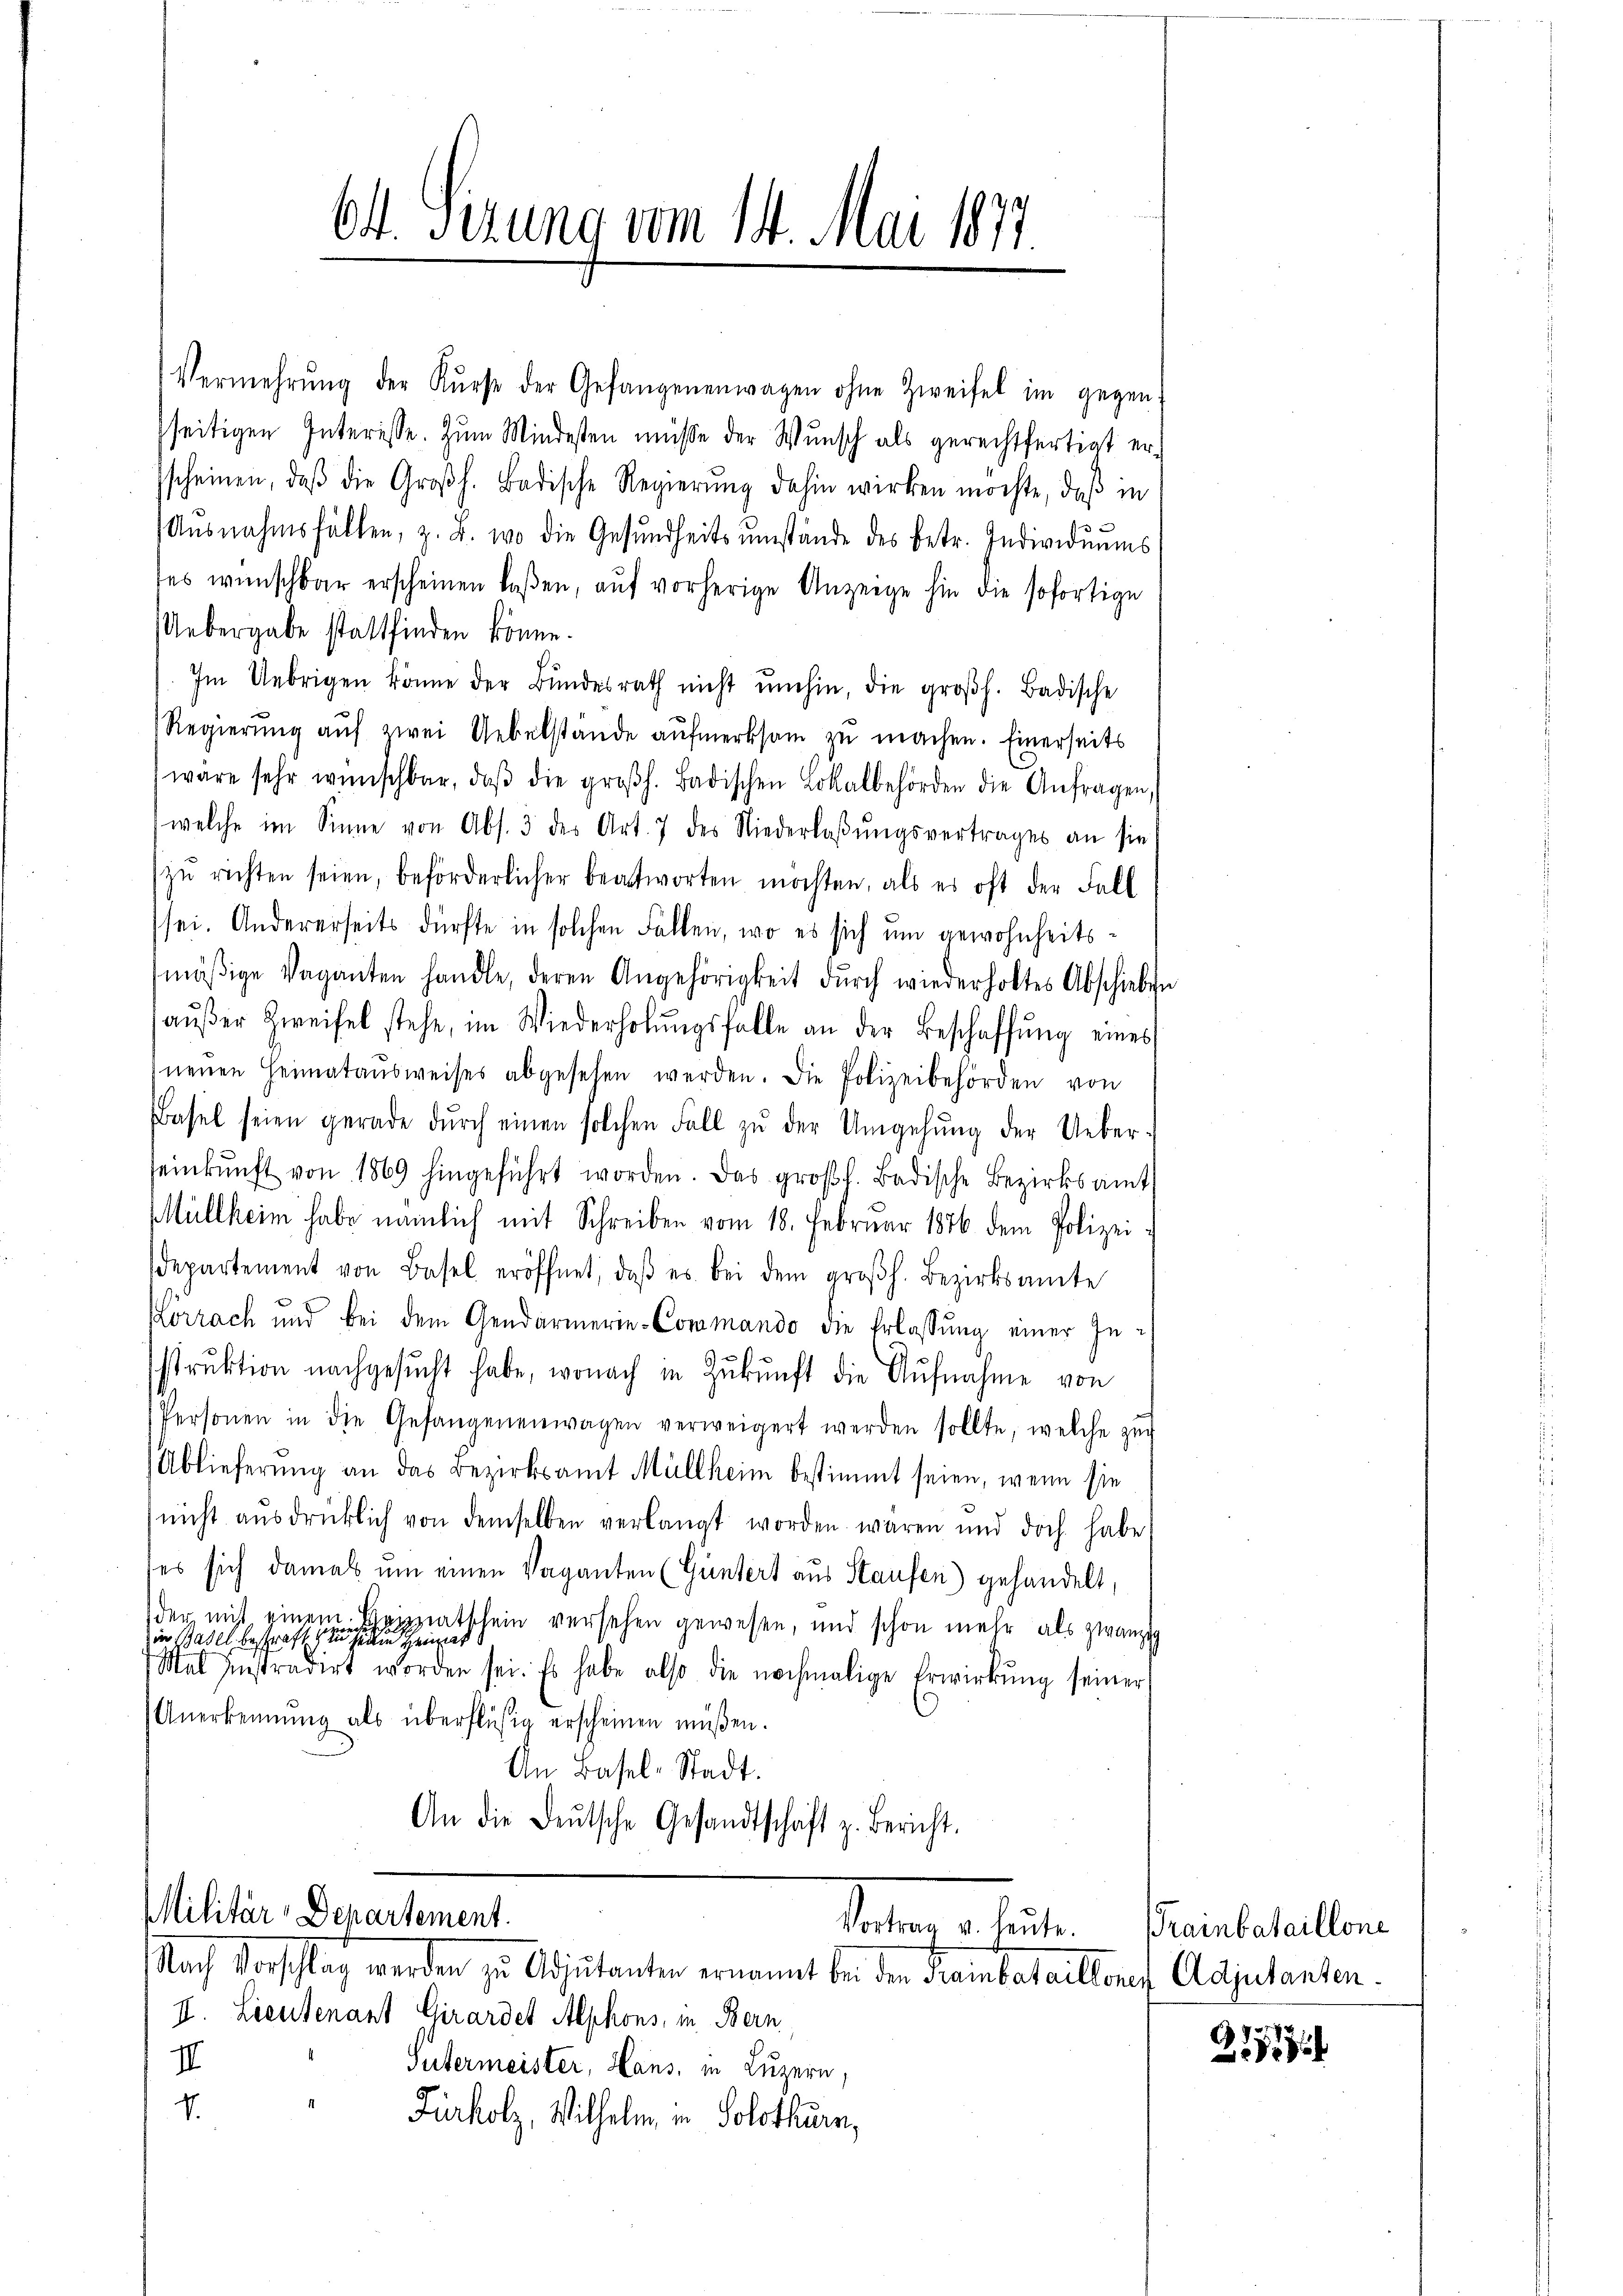
Vermehrŭng der Kŭrse der Gefangenenwagen ohne Zweifel im gegen
sseitigen Interesse. Zum Mindesten müsse der Wŭnsch als gerechtfertigt er-
sscheinen, daβ die Großh. Badische Regierŭng dahin wirken möchte, daβ in
Ausnahmsfällen, z. B. wo die Gesundheits ŭmstände des betr. Individuums
tes wünschbar erscheinen laßen, aŭf vorherige Anzeige hin die sofortige
Uebergabe stattfinden könne.
Im Uebrigen könne der Bŭndesrath nicht umhin, die groβh. Badische
Regierŭng aŭf zwei Uebelstände aŭfmerksam zu machen. Einerseits
wäre sehr wünschbar, daβ die großh. Badischen Lokalbehörden die Anfragen,
welche im Sinne von Abs. 3 des Art. 7 des Niederlaβŭngsvertrages an sie
zŭ richten seien, beförderlicher beantworten möchten, als es oft der Fall
sei. Andererseits dürfte in solchen Fallen, wo es sich um gewohnheitsmäβige Vaganten handle, deren Angehörigkeit dŭrch wiederholtes Abschieben
aŭβer Zweifel stehe, im Wiederholŭngsfalle an der Beschaffŭng eines
neuen Heimataŭsweises abgesehen werden. Die Polizeibehörden von
Basel seien gerade dŭrch einen solchen Fall zŭ der Umgehŭng der Ueber-
seinkunft von 1869 hingeführt worden. Das großh. Badische Bezirksamt
Müllheim habe nämlich mit Schreiben vom 18. Februar 1876 dem Polizei
departement von Basel eröffnet, daβ es bei dem groβh. Bezirksamte
Körrach und bei dem Gendarmerie-Commando die Erlassung einer Instrŭktion nachgesŭcht habe, wonach in Zŭkŭnft die Aufnahme von
Personen in die Gefangenenwagen verweigert werden sollte, welche zŭg
Ablieferung an das Bezirksamt Müllheim bestimmt seien, wenn sie
nicht aŭsdrücklich von demselben verlangt worden waren und doch habe
es sich damals um einen Vaganten (Güntert aus Staufen) gehandelt,
der nicht, hinein.
Heizzatschein versehen gewesen, und schon mehr als zwanzig
in Basel bestraff
Mat hinstradirt worden sei. Es habe also die nochmalige Erwirkŭng seiner
Anerkennung als überflüßig erscheinen müßen.
An Basel-Stadt.
An die deŭtsche Gesandtschaft z. Bericht.
Militär-Departement.
Reitage heuten
Nach Vorschlag werden zu Adjutanten ernannt bei den Freinbataillonef Adjutanten.
II. Lieutenant Girardet Alphons, in Bern
I
Sutermeister, Hans, in Luzern,
V.
Fürholz, Wilhelm in Solothurn,

64. Situng vom 14. Mai 1877

Trainbataillone

21859